Vaccination in the Punjab 1883-1896 - 1883-1896
Year: 1883
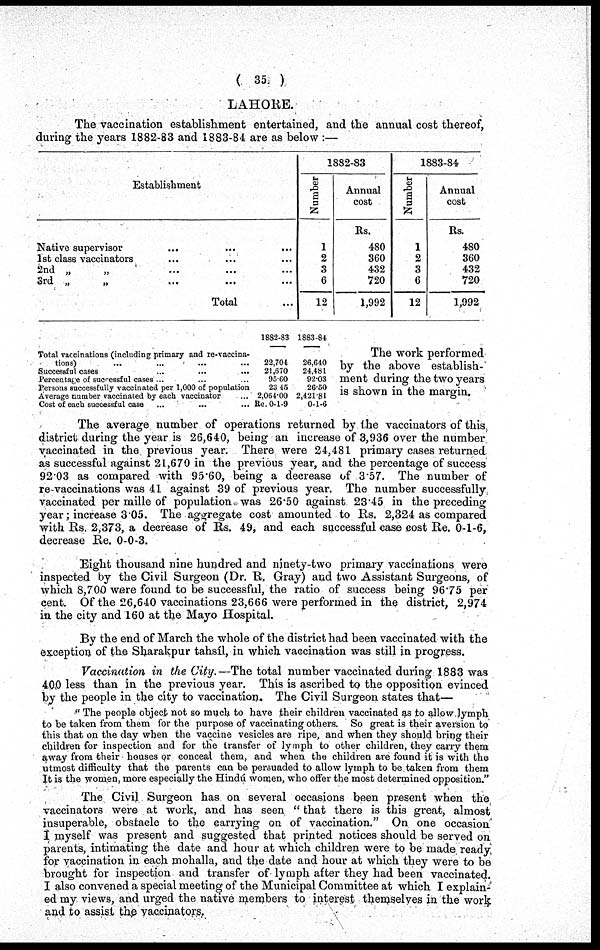
( 35 )
LAHORE.
The vaccination establishment entertained, and the annual cost thereof,
during the years 1882-83 and 1883-84 are as below :—
Establishment
Native supervisor ... ... ...
1st class vaccinators ... ... ...
2nd „ „ ... ... ...
3rd „
„
...
...
...
Total ...
1882-83
Number
1
2
3
6
12
Annual
cost
Rs.
480
360
432
720
1,992
1883-84
Number
1
2
3
6
12
Annual
cost
Rs.
480
360
432
720
1,992
Total vaccinations (including primary and re-vaccina-
tions) ... ... ... ...
Successful cases ... ... ...
Percentage of successful cases ... ... ...
Persons successfully vaccinated per 1,000 of population
Average number vaccinated by each vaccinator ...
Cost of each successful case ... ... ...
1882-83
22,704
21,670
95.60
23.45
2,064.00
Re. 0-1-9
1883-84
26,640
24,481
92.03
26.50
2,421.81
0-1-6
The work performed
by the above establish-
ment during the two years
is shown in the margin.
The average number of operations returned by the vaccinators of this
district during the year is 26,640, being an increase of 3,936 over the number
vaccinated in the previous year. There were 24,481 primary cases returned
as successful against 21,670 in the previous year, and the percentage of success
92.03 as compared with 95.60, being a decrease of 3.57. The number of
re-vaccinations was 41 against 39 of previous year. The number successfully
vaccinated per mille of population was 26.50 against 23.45 in the preceding
year; increase 3.05. The aggregate cost amounted to Rs. 2,324 as compared
with Rs. 2,373, a decrease of Rs. 49, and each successful case cost Re. 0-1-6,
decrease Re. 0-0-3.
Eight thousand nine hundred and ninety-two primary vaccinations were
inspected by the Civil Surgeon (Dr. R. Gray) and two Assistant Surgeons, of
which 8,700 were found to be successful, the ratio of success being 96.75 per
cent. Of the 26,640 vaccinations 23,666 were performed in the district, 2,974
in the city and 160 at the Mayo Hospital.
By the end of March the whole of the district had been vaccinated with the
exception of the Sharakpur tahsíl, in which vaccination was still in progress.
Vaccination in the City.—The total number vaccinated during 1883 was
400 less than in the previous year. This is ascribed to the opposition evinced
by the people in the city to vaccination. The Civil Surgeon states that—
" The people object not so much to have their children vaccinated as to allow lymph
to be taken from them for the purpose of vaccinating others. So great is their aversion to
this that on the day when the vaccine vesicles are ripe, and when they should bring- their
children for inspection and for the transfer of lymph to other children, they carry them
away from their houses or conceal them, and when the children are found it is with the
utmost difficulty that the parents can be persuaded to allow lymph to be taken from them
It is the women, more especially the Hindú women, who offer the most determined opposition."
The Civil Surgeon has on several occasions been present when the
vaccinators were at work, and has seen " that there is this great, almost
insuperable, obstacle to the carrying on of vaccination." On one occasion
I myself was present and suggested that printed notices should be served on
parents, intimating the date and hour at which children were to be made ready
for vaccination in each mohalla, and the date and hour at which they were to be
brought for inspection and transfer of lymph after they had been vaccinated.
I also convened a special meeting of the Municipal Committee at which I explain-
ed my views, and urged the native members to interest themselves in the work
and to assist the vaccinators.